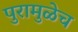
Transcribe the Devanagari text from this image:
पुरामुळेच